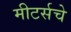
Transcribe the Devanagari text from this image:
मीटर्सचे